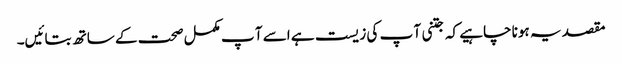
مقصد یہ ہونا چاہیے کہ جتنی آ پ کی زیست ہے اسے آ پ مکمل صحت کے ساتھ بتائیں۔